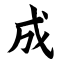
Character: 成